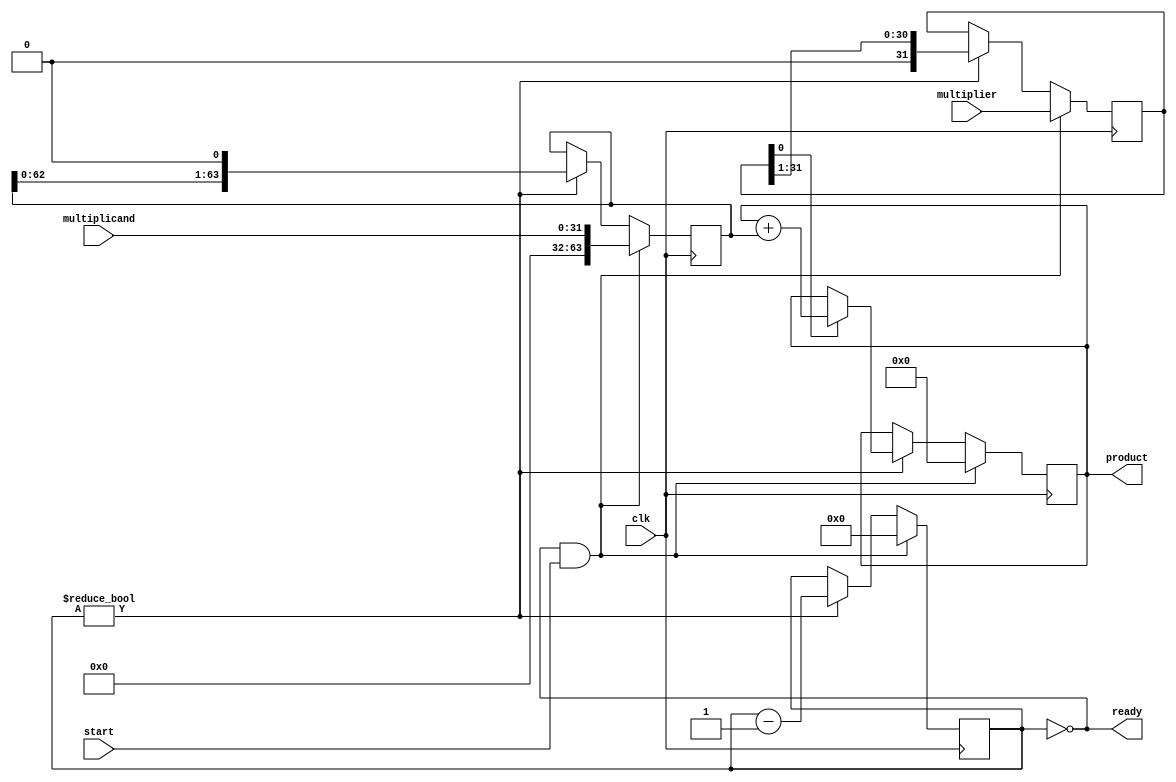
`ifndef MULTIPLIER_V
`define MULTIPLIER_V

`ifndef WIDTH
`define WIDTH 32
`endif

module multiplier(
    input start,
    input clk,
    input [`WIDTH - 1:0] multiplier,
    input [`WIDTH - 1:0] multiplicand,
    output reg [`WIDTH + `WIDTH - 1:0] product,
    output ready);

    reg[`WIDTH - 1:0] multiplier_copy;
    reg[`WIDTH + `WIDTH - 1:0] multiplicand_copy;
    reg[4:0] bits;

    assign ready = !bits;

    initial begin
       bits = 0;
    end

    // Repititive addition
    always @(posedge clk) begin
        if (ready & start) begin
            bits = `WIDTH;
            product = 0;
            multiplicand_copy = {`WIDTH'd0, multiplicand};
            multiplier_copy = multiplier;
        end
        else if (bits) begin
            if (multiplier_copy[0] == 1'b1)
                product = product + multiplicand_copy;

            multiplier_copy = multiplier_copy >> 1;
            multiplicand_copy = multiplicand_copy << 1;

            bits = bits - 1;
        end
    end
endmodule
`endif